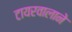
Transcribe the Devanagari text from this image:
टायरवालाने